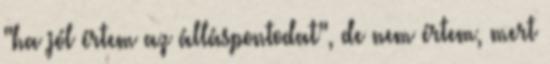
"ha jól értem az álláspontodat", de nem értem, mert